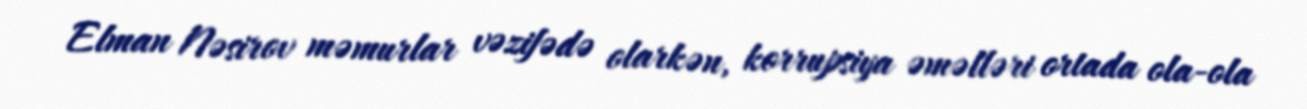
Elman Nəsirov məmurlar vəzifədə olarkən, korrupsiya əməlləri ortada ola-ola